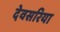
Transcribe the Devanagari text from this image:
देवसरिया